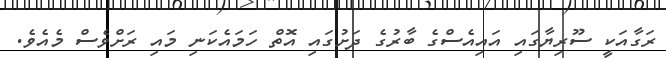
ރަގާއަކީ ސޫރިޔާގައި އައިއެސްގެ ބާރުގެ ދަށުގައި އޮތް ހަމައެކަނި މައި ރަށްވެސް މެއެވެ.